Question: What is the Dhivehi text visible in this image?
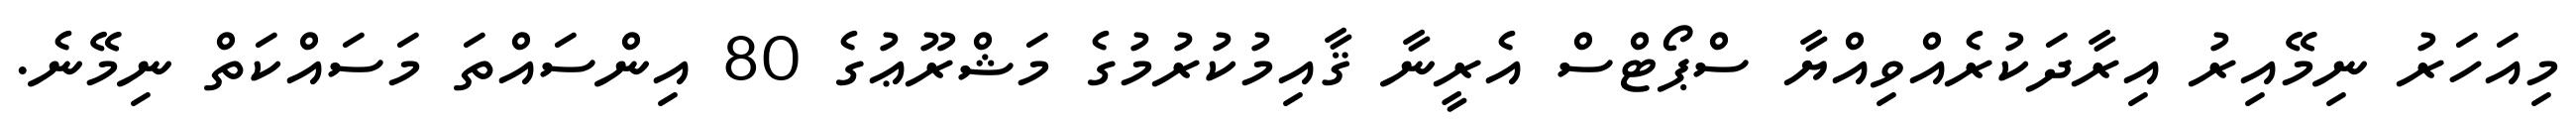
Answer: މިއަހަރު ނިމޭއިރު އިރާދަކުރެއްވިއްޔާ ސްޕޯޓްސް އެރީނާ ޤާއިމުކުރުމުގެ މަޝްރޫޢުގެ 80 އިންސައްތަ މަސައްކަތް ނިމޭނެ.